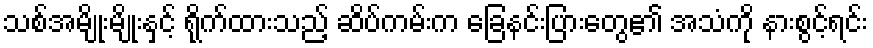
သစ်အမျိုးမျိုးနှင့် ရိုက်ထားသည့် ဆိပ်ကမ်းက ခြေနင်းပြားတွေ၏ အသံကို နားစွင့်ရင်း